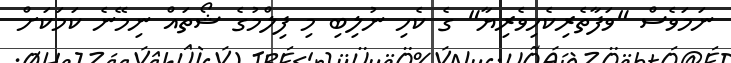
ނަމަވެސް "ވަފާތެރިކެހިވެރިޔާ" ގެ ކެހި ނުލިބި މި ފިލްމުގެ ޝޯތައް ނިމޭނެ ކަމަކަށް